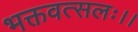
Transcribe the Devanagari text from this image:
भक्तवत्सलः।।